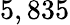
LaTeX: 5,835